Civil Veterinary Dept. Bombay admin report 1914-1922 - 1914-1922
Year: 1914
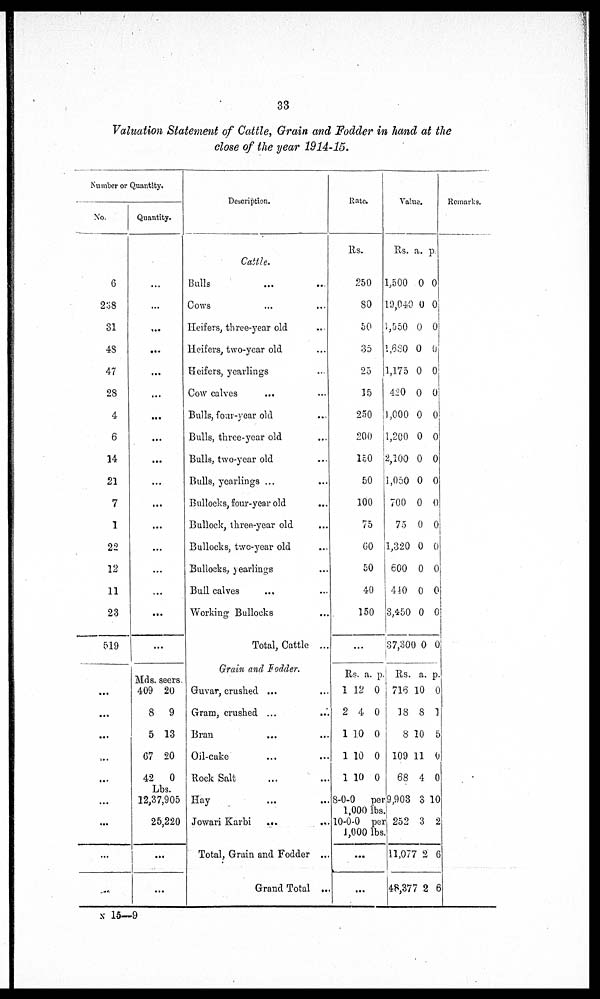
33
Valuation Statement of Cattle, Grain and Fodder in hand at the
close of the year 1914-15.
Number or Quantity.
No.
6
238
31
48
47
28
4
6
14
21
7
1
22
12
11
23
519
...
...
...
...
...
...
...
...
Quantity.
...
...
...
...
...
...
...
...
...
...
...
...
...
...
...
...
...
Mds.
409
8
5
67
42
Lbs.
seers.
20
9
13
20
0
12,37,905
25,220
...
...
Deseription.
Cattle.
Bulls
Cows
Heifers, three-year old ...
Heifers, two-year old ...
Heifers, yearlings
Cow calves
... ...
Bulls, four-year old
Bulls, three-year old
Bulls, two-year old ...
Bulls, yearlings ... ...
Bullocks, four-year old
Bullock, three-year old ...
Bullocks, two-year old ...
Bullocks, yearlings ...
Bull calves ... ...
Working Bullocks ...
Total, Cattle ...
Grain and Fodder.
Guvar, crushed ... ...
Gram, crushed ...
...
Bran ... ...
Oil-cake ... ...
Rock Salt ... ...
Hay ... ...
Jowari Karbi ...
...
Total, Grain and Fodder ...
Grand Total ...
Rate.
Rs.
250
80
50
35
25
15
250
200
150
50
100
75
60
50
40
150
...
Rs.
1
2
1
1
1
a.
12
4
10
10
10
p.
0
0
0
0
0
8-0-0
per 1,000
lbs.
10-0-0
per 1,000 lbs
...
...
Value.
Rs. a. p.
1,500
19,040
1,550
1,680
1,175
420
1,000
1,200
2,100
1,050
700
75
1,320
600
440
3,450
37,300
Rs.
716
18
8
109
68
9,903
252
11,077
48,377
0
0
0
0
0
0
0
0
0
0
0
0
0
0
0
0
0
a.
10
8
10
11
4
3
3
2
2
0
0
0
0
0
0
0
0
0
0
0
0
0
0
0
0
0
p.
0
1
5
0
0
10
2
6
6
Remarks.
N 15—9